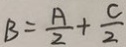
B = \frac { A } { 2 } + \frac { c } { 2 }